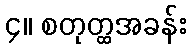
၄။ စတုတ္ထအခန်း